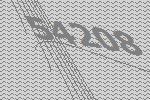
54208